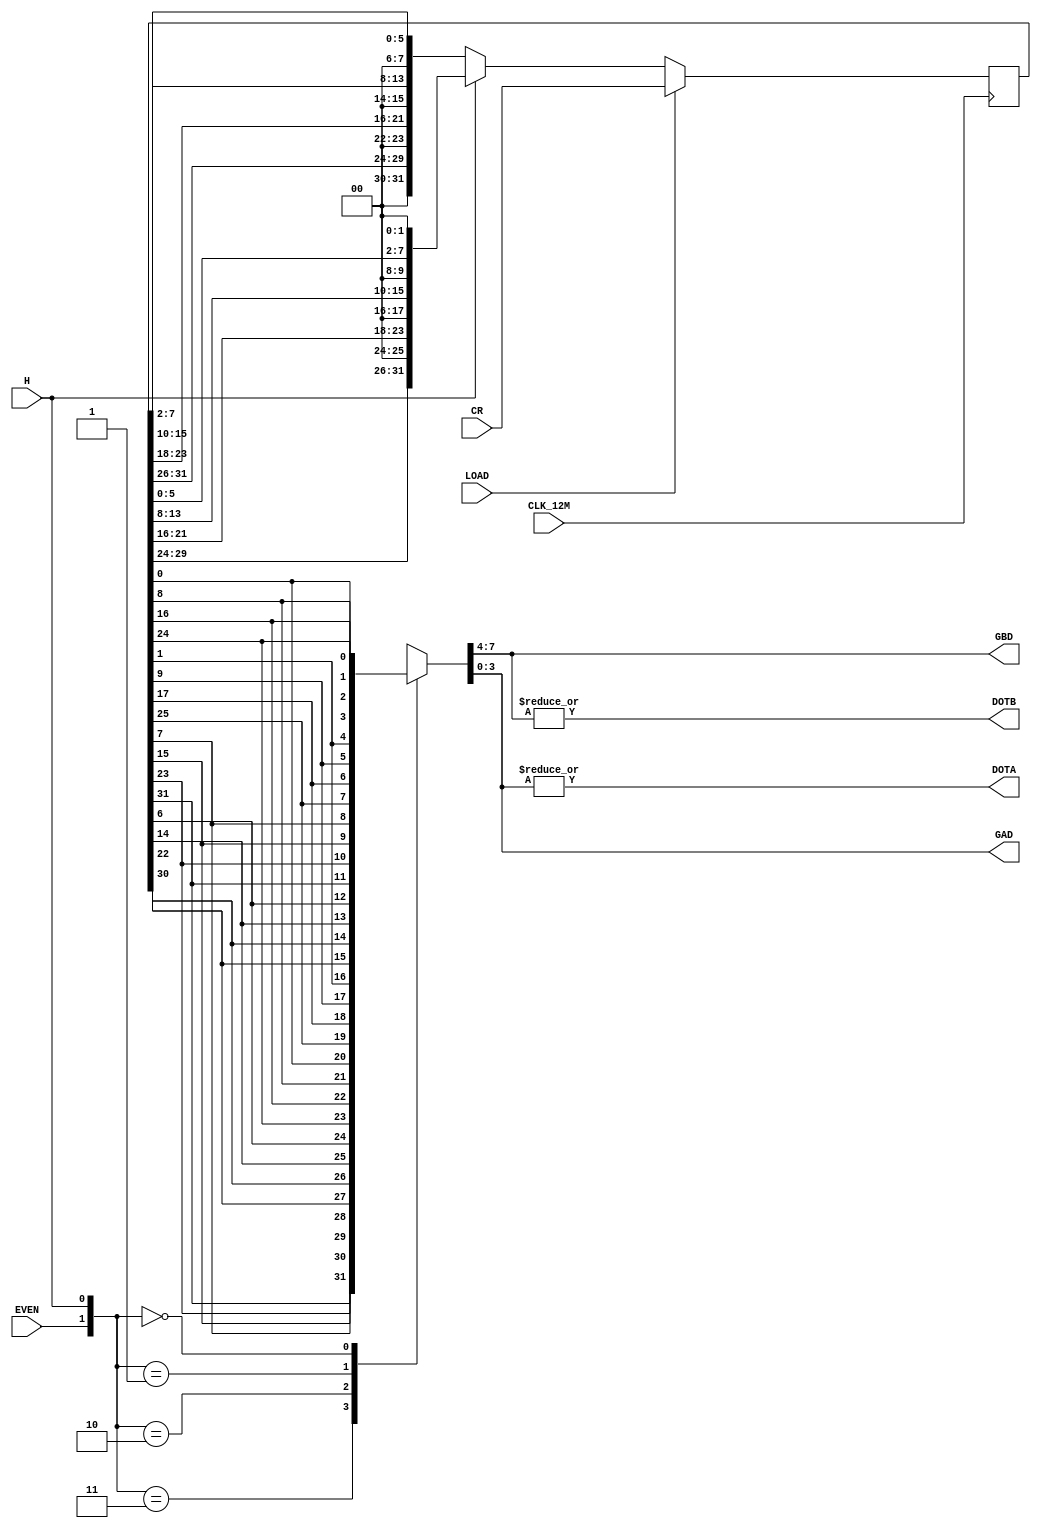
module zmc2_dot(
	input CLK_12M,
	input EVEN,
	input LOAD,
	input H,
	input [31:0] CR,
	output reg [3:0] GAD, GBD,
	output reg DOTA, DOTB
);
	reg [31:0] SR;
	always @(negedge CLK_12M)
	begin
		if (LOAD) SR <= CR;
		else if (H) SR <= {SR[29:24], 2'b00, SR[21:16], 2'b00, SR[13:8], 2'b00, SR[5:0], 2'b00};
		else SR <= {2'b00, SR[31:26], 2'b00, SR[23:18], 2'b00, SR[15:10], 2'b00, SR[7:2]};
	end
	always @*
	begin
		case ({EVEN, H})
			3: {GBD, GAD} <= {SR[31], SR[23], SR[15], SR[7], SR[30], SR[22], SR[14], SR[6]};
			2: {GBD, GAD} <= {SR[24], SR[16],  SR[8], SR[0], SR[25], SR[17],  SR[9], SR[1]};
			1: {GBD, GAD} <= {SR[30], SR[22], SR[14], SR[6], SR[31], SR[23], SR[15], SR[7]};
			0: {GBD, GAD} <= {SR[25], SR[17],  SR[9], SR[1], SR[24], SR[16],  SR[8], SR[0]};
		endcase
		{DOTA, DOTB} <= {|GAD, |GBD};
	end
endmodule